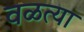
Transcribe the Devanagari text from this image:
वळत्या